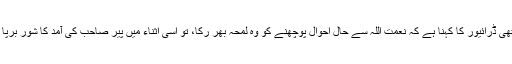
ساتھی ڈرائیور کا کہنا ہے کہ نعمت اللہ سے حال احوال پوچھنے کو وہ لمحہ بھر رکا، تو اسی اثناء میں پیر صاحب کی آمد کا شور برپا ہوا۔